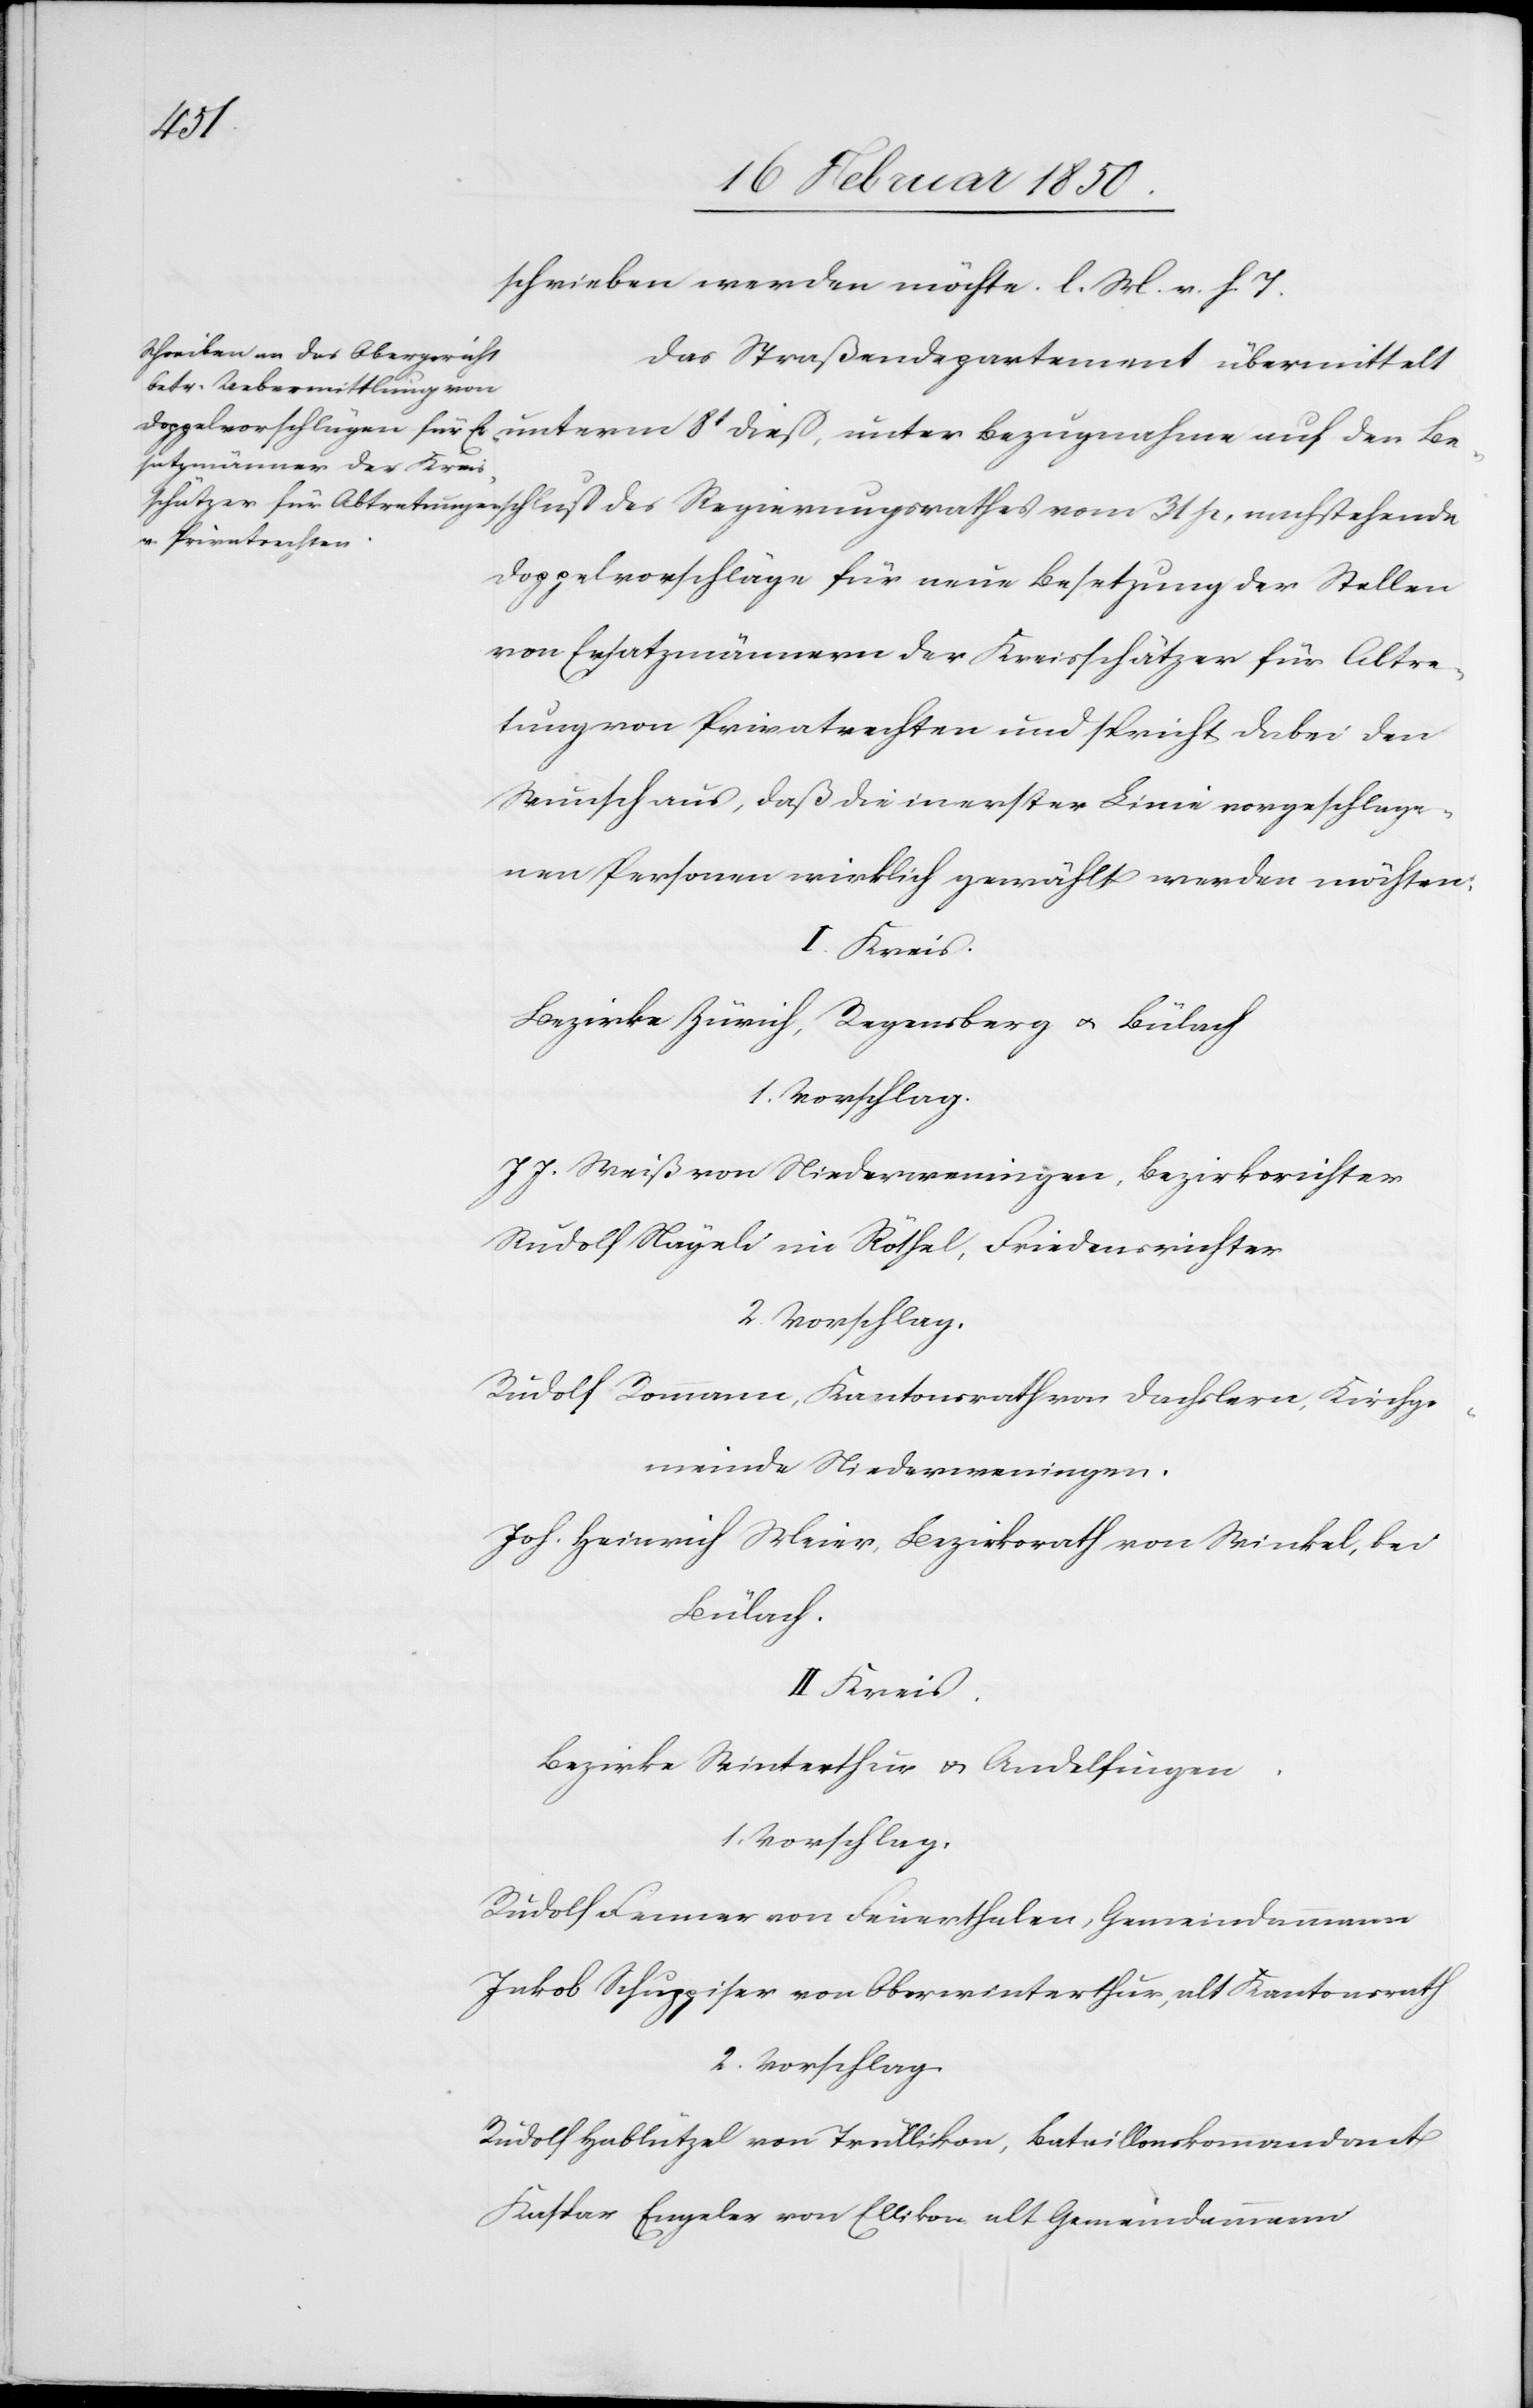
des
schrieben werden müsse. l. M. v. h. T.
Das Straßendepartement übermittelt
Doppelvorschläge für neue Besetzung der Stellen
von Ersatzmännern der Kreisschätzer für Abtre¬
tung von Privatrechten und spricht dabei den
Wunsch aus, daß die in erster Linie vorgeschlage¬
nen Personen wirklich gewählt werden möchten;
II Kreis.
Bezirke Zürich, Regensberg u. Bülach
1. Vorschlag.
J J. Weiß von Niederweningen, Bezirksrichter
Rudolf Nägeli im Röthel, Friedensrichter
2. Vorschlag.
Rudolf Rommann, Kantonsrath von Dachslern, Kirchge¬
meinde Niederweningen.
Joh. Heinrich Meier, Bezirksrath von Winkel, bei
Bülach.
Bezirke Winterthur u. Andelfingen.
1. Vorschlag.
Rudolf Fenner von Feuerthalen, Gemeindammann
Jakob Schuppiser von Oberwinterthur, alt Kantonsrath
2. Vorschlag.
Rudolf Hablützel von Trüllikon, Bataillonskommandant
Kaspar Engeler von Ellikon alt Gemeindamann